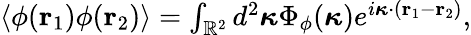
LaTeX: \begin{array}{r}{\langle\phi(\mathbf{r}_{1})\phi(\mathbf{r}_{2})\rangle=\int_{\mathbb{R}^{2}}d^{2}\boldsymbol{\kappa}\Phi_{\phi}(\boldsymbol{\kappa})e^{i\boldsymbol{\kappa}\cdot(\mathbf{r}_{1}-\mathbf{r}_{2})},}\end{array}